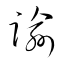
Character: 踰